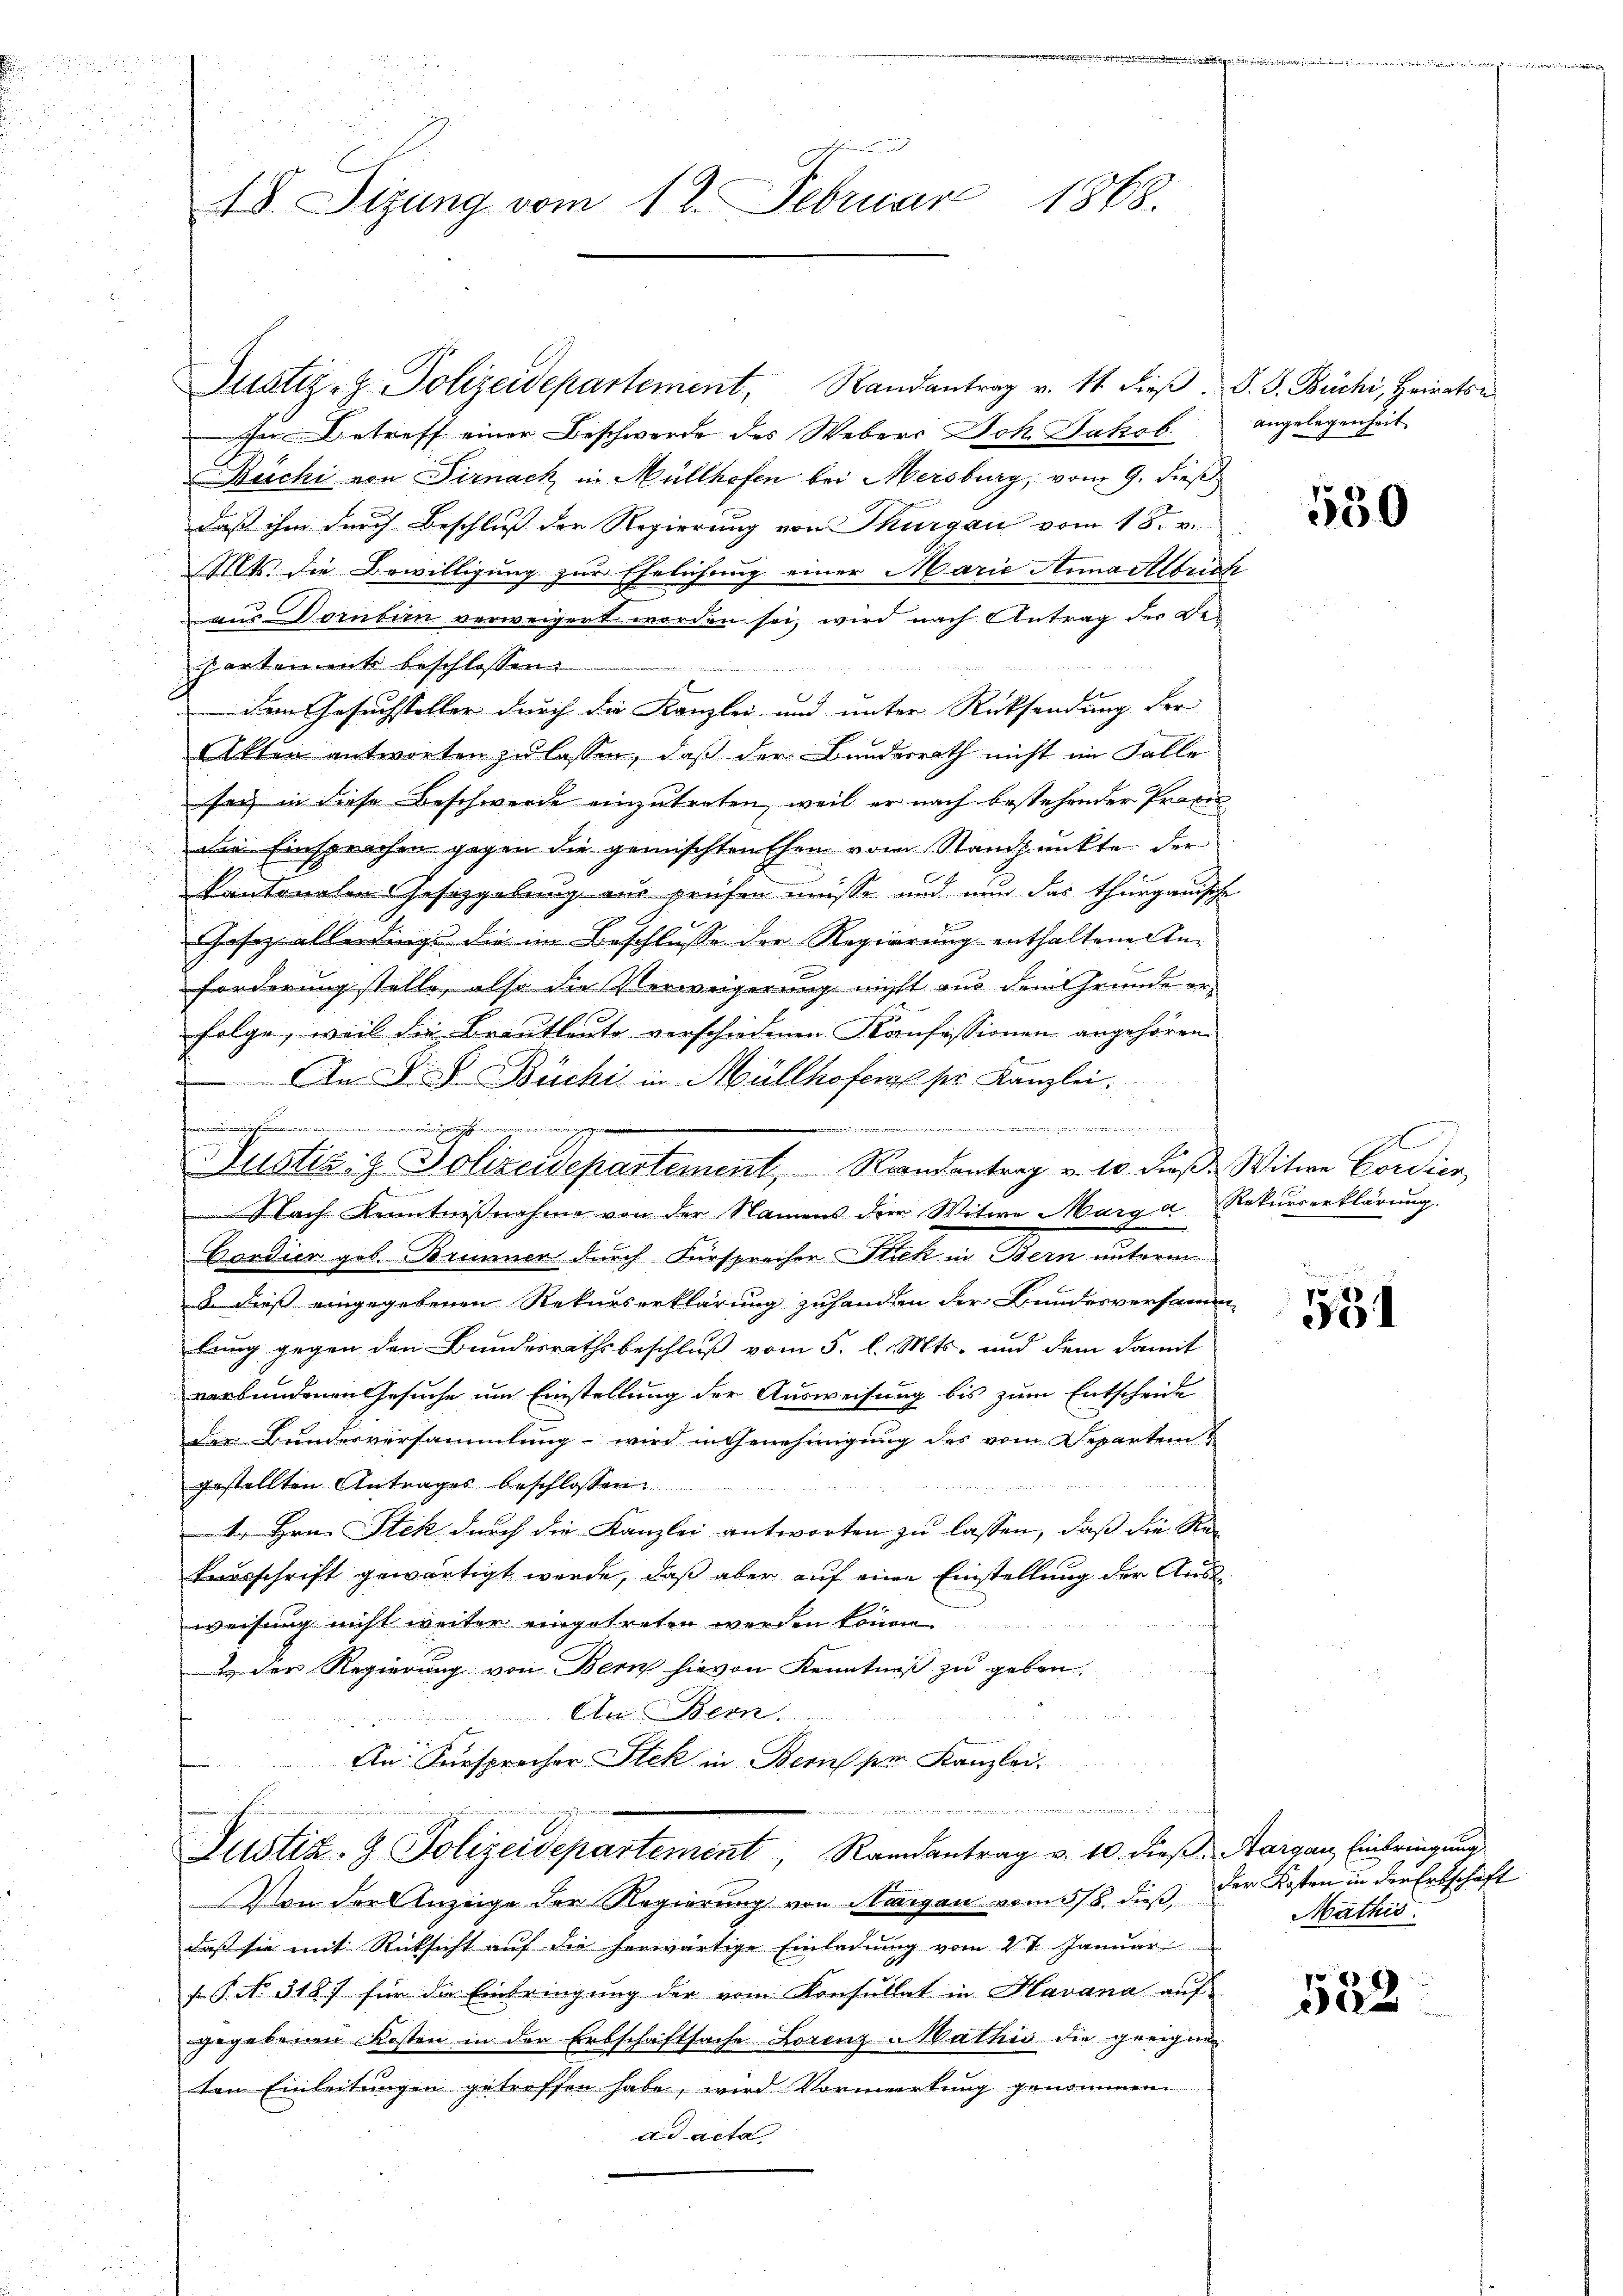
48. Sizung vom 12. Februar 1868.

Justiz- & Polizeidepartement, Randantrag v. 11. dieβ. S. S. Büchi, Heiraten
Zu Betreff einer Beschwerde des Webers Joh. Jakob.
Büchi von Sirnach in Müllhofen bei Mersburg, vom 9. dieß
daß ihm durch Beschluß der Regierung von Thurgau vom 18. v.
Mts. die Bewilligung zur Ehelichung einer Marie Anmastoris
aus Dornbern verweigert worden sei, wird nach Antrag der Bepartement beschlossen.

E
dem Gesuchsteller durch die Kanzlei und unter Rücksendung der
Akten antworten zu lassen, daß der Bundesrath nicht im Falle
sey in diese Beschwerde einzutreten, weil er nach bestehender Praxi
Die Einsprachen gegen die gemischten Ehen vom Standpunkte der
kantonalen Gesipgelung aus prüfen müsse und nun das Thurgauisch
Gasez allerdings die im Beschlusse der Regierung enthaltene Anforderung stelle, also die Verweigerung nicht aus dem Grunde erfolge, weil die Brautleute verschiedenen Konfessionen angehören
An F. Büchi in Müllhoferl ser Kanzlei.
.
2
.
Justiz & Polizeidepartement, Randantrag v. 10. dβ Witwe Cordien
r
Nach Kenntnißnahme von der Namens der Witwe Marg
Bordier geb. Brunnen durch Fürsprecher Stick in Bern unterm
b. dieß eingegebenen Rekurserklärung zuhanden der Bundesversamm
bring gegen den Bundesrathsbeschluß vom 5. l. Mts. und dem damit
verbundenen Gesuche um Einstellung der Ausweisung bis zum Entscheide
der Bundesversammlung - wird in Genehmigung des vom Departen
gestellten Antrages beschlossen:

1. Hrn. Steck durch die Kanzlei antworten zu lassen, daß die Re-
tausschrift gewärtigt werde, daß aber auf eine Einstellung der Ausweisung nicht weiter eingetreten werden können.
2 der Regierung von Bern hievon Kenntniß zu geben.
An Bern.
An Fürsprocher Stek in Bern ser Kanzlei.

wi
 heute der
Justiz- & Polizeidepartement, Randantrag v. 10. dieß. Aargau, Einbringung

Von der Anzeige der Regierung von Margau vom 5/8. dieß,
daß sie mit Rücksicht auf die herwärtige Einladung vom 2t Januar
f. P. No. 318. 7. für die Einbringung der vom Konsultat in Havana auf
gegebenen Kosten in der Erbschaftsache Lorenz Mathis die geeignen
tem Einleitungen getreffen habe, wird Vormerkung genommen.
ad acta

angelegenheit.

A

550

d
Rekurserklärung.

551

der Kosten in der Erbschaft
Mathis

522